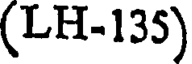
(LH-135)